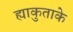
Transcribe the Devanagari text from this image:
ह्याकुताके